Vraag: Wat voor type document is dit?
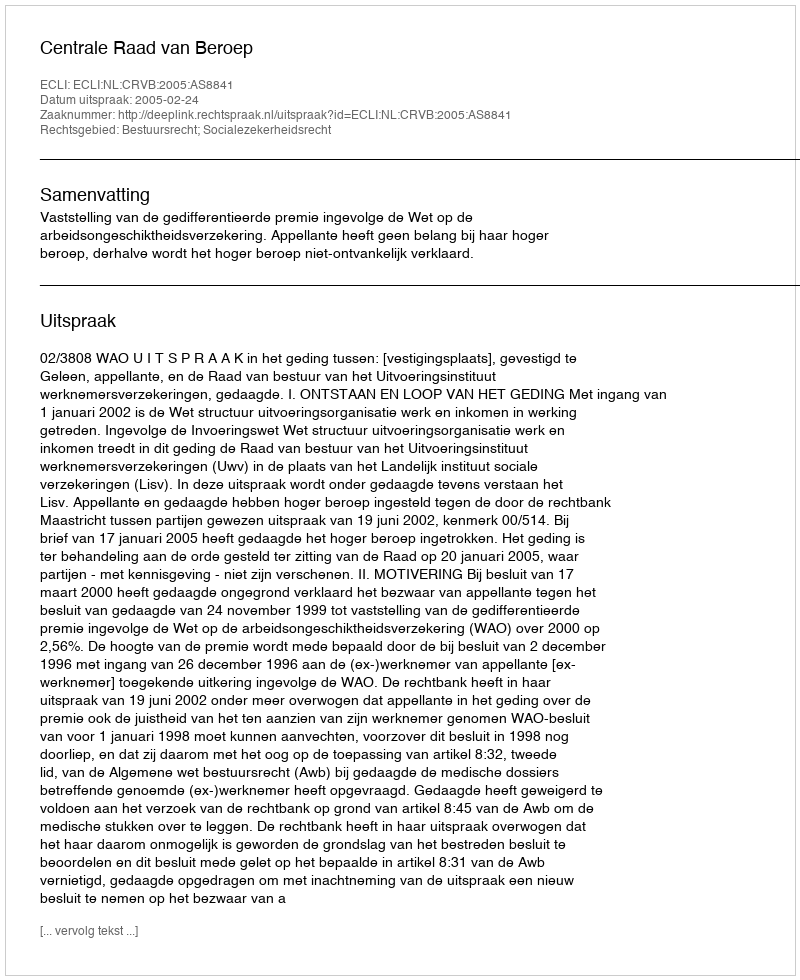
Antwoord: Uitspraak